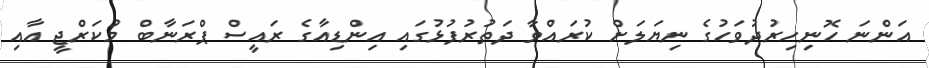
އަންނަ ހޮނިހިރުދުވަހުގެ ނިޔަލަށް ކުރައްވާ ދަތުރުފުޅުގައި އިންޑިއާގެ ރައީސް ޕްރަނާބް މުކަރްޖީ އާއި